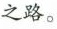
之路。